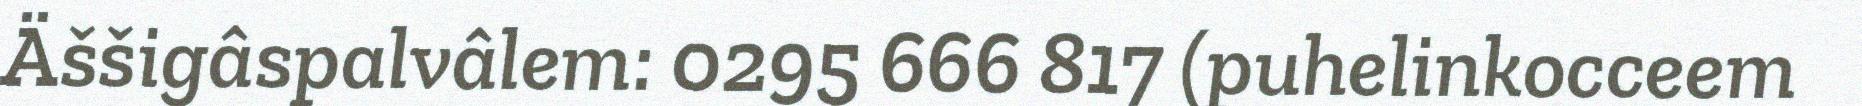
Äššigâspalvâlem: 0295 666 817 (puhelinkocceem